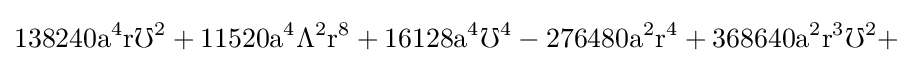
{\rm {138240a^{4}r\mho ^{2}+11520a^{4}\Lambda ^{2}r^{8}+16128a^{4}\mho ^{4}-276480a^{2}r^{4}+368640a^{2}r^{3}\mho ^{2}+}}